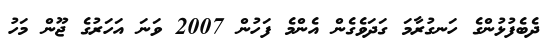
ދެބެފުޅުންގެ ހަނގުރާމަ ގަދަވެގެން އެންމެ ފަހުން 2007 ވަނަ އަހަރުގެ ޖޫން މަހު